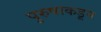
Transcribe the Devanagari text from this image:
पुरुषाकडून